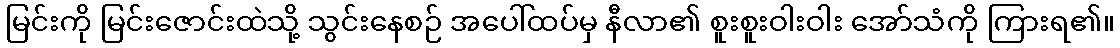
မြင်းကို မြင်းဇောင်းထဲသို့ သွင်းနေစဉ် အပေါ်ထပ်မှ နီလာ၏ စူးစူးဝါးဝါး အော်သံကို ကြားရ၏။